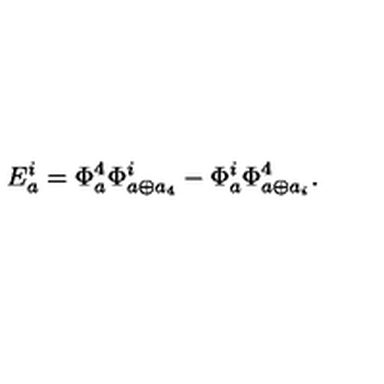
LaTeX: E _ { a } ^ { i } = \Phi _ { a } ^ { 4 } \Phi _ { a \oplus a _ { 4 } } ^ { i } - \Phi _ { a } ^ { i } \Phi _ { a \oplus a _ { i } } ^ { 4 } .